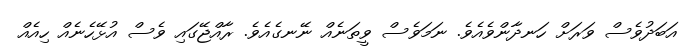
އަބަދުވެސް ވަރަށް ހަނދާންވެއެވެ. ނަމަވެސް ވީތަނެއް ނޭނގެއެވެ. ރާއްޖޭގައި ވެސް އުޅޭހެނެއް ހިއެއް